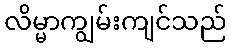
လိမ္မာကျွမ်းကျင်သည်